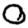
Digit: 0